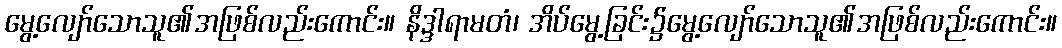
မွေ့လျော်သောသူ၏အဖြစ်လည်းကောင်း။ နိဒ္ဒါရာမတံ၊ အိပ်မွေ့ခြင်း၌မွေ့လျော်သောသူ၏အဖြစ်လည်းကောင်း။